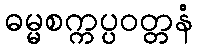
ဓမ္မစက္ကပ္ပဝတ္တနံ